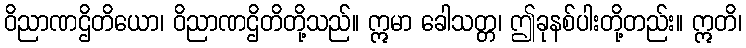
ဝိညာဏဌိတိယော၊ ဝိညာဏဌိတိတို့သည်။ ဣမာ ခေါသတ္တ၊ ဤခုနစ်ပါးတို့တည်း။ ဣတိ၊